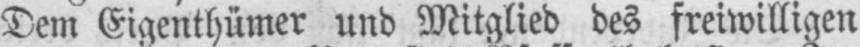
Dem Eigenthümer und Mitglied des freiwilligen